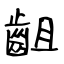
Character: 齟